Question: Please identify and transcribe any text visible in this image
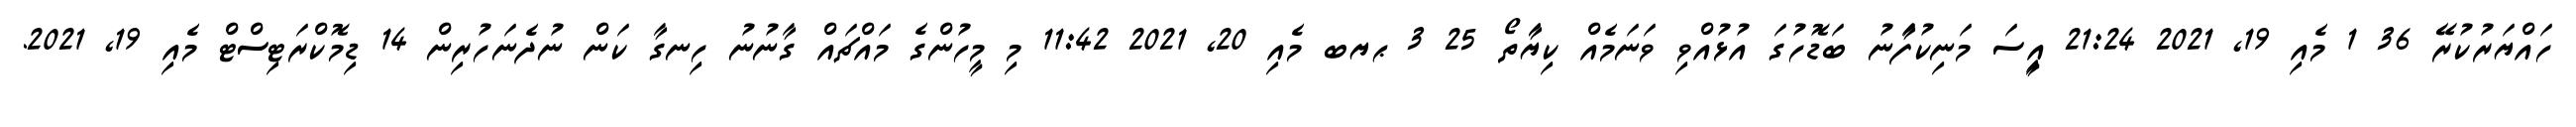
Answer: ހައްޔަރުކުރޭ 36 1 މެއި 19, 2021 21:24 އިީސަ މަނިކުފަާނު ބަޑޮހުގަ އުޅުއްވި ވަނަމެއް ކިޔަާތޯ 25 3 ޙޔބ މެއި 20, 2021 11:42 މި މީހުންގެ މައްޗައް ގާނުނު ހިނގާ ކަން ނުދެނަހުރިން 14 ޑިމޮކްރަޓިސްޓް މެއި 19, 2021.